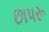
છાપરૂ